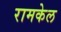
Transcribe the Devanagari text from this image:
रामकेल